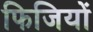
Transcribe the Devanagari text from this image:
फिजियों